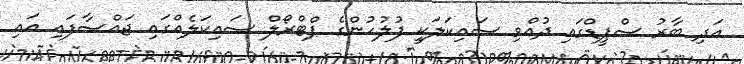
އަދި ބާރު ސްޕީޑްގައި ދުއްވި ސައިކަލަކީ ފުލުހުންގެ ޕްޓްރޯލް ސައިކަލެއްގައި ޖައްސާފައި އައި